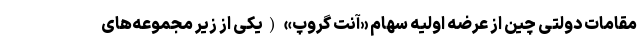
مقامات دولتی چین از عرضه اولیه سهام «آنت گروپ» (یکی از زیر مجموعه‌های